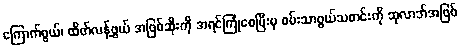
ကြောက်ဖွယ်၊ ထိတ်လန့်ဖွယ် အဖြစ်ဆိုးကို အရင်ကြုံစေပြီးမှ ဝမ်းသာဖွယ်သတင်းကို ဆုလာဘ်အဖြစ်